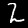
Label: 2